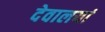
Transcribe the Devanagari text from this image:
देवालयां